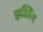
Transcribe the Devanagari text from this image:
इत्सिग